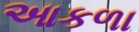
આકળા